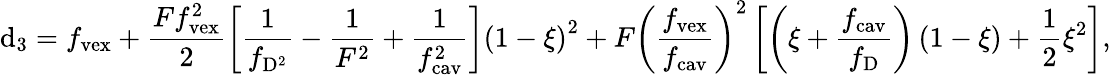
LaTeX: \mathrm{d}_{3}=f_{\mathrm{{vex}}}+\frac{{Ff_{\mathrm{{vex}}}^{2}}}{{2}}\left[\frac{{1}}{{f_{\mathrm{{D}}^{2}}}}-\frac{{1}}{{F^{2}}}+\frac{{1}}{{f_{\mathrm{{cav}}}^{2}}}\right]\left(1-\xi\right)^{2}+F\left(\frac{{f_{\mathrm{{vex}}}}}{{f_{\mathrm{{cav}}}}}\right)^{2}\left[\left(\xi+\frac{{f_{\mathrm{{cav}}}}}{{f_{\mathrm{{D}}}}}\right)\left(1-\xi\right)+\frac{{1}}{{2}}\xi^{2}\right],